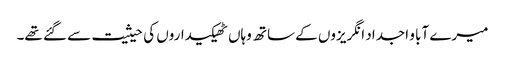
میرے آبا و اجداد انگریزوں کے ساتھ وہاں ٹھیکیداروں کی حیثیت سے گئے تھے۔